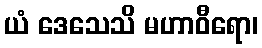
ယံ ဒေသေသိ မဟာဝီရော၊